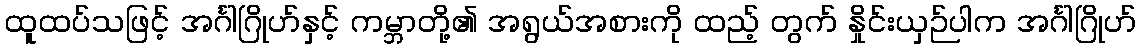
ထူထပ်သဖြင့် အင်္ဂါဂြိုဟ်နှင့် ကမ္ဘာတို့၏ အရွယ်အစားကို ထည့် တွက် နှိုင်းယှဉ်ပါက အင်္ဂါဂြိုဟ်